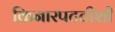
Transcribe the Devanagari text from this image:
किनारपटटीशी